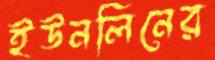
ইউনলিনের